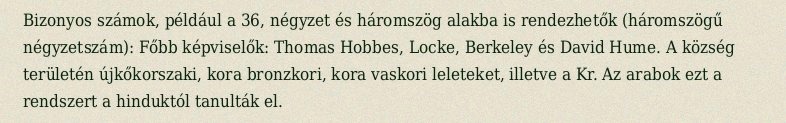
Bizonyos számok, például a 36, négyzet és háromszög alakba is rendezhetők (háromszögű négyzetszám): Főbb képviselők: Thomas Hobbes, Locke, Berkeley és David Hume. A község területén újkőkorszaki, kora bronzkori, kora vaskori leleteket, illetve a Kr. Az arabok ezt a rendszert a hinduktól tanulták el.